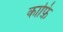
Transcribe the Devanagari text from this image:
काफ़ि